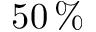
5 0 \, \%